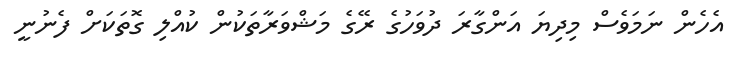
އެހެން ނަމަވެސް މިދިޔަ އަންގާރަ ދުވަހުގެ ރޭގެ މަޝްވަރާތަކުން ކުއްލި ގޮތަކަށް ފެނުނީ